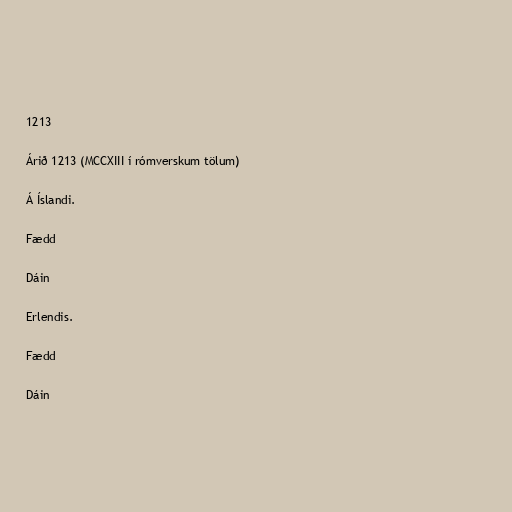
1213

Árið 1213 (MCCXIII í rómverskum tölum)

Á Íslandi.

Fædd

Dáin

Erlendis.

Fædd

Dáin